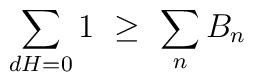
\sum\limits_{dH=0} 1 \ \geq \ \sum\limits_{n} B_n